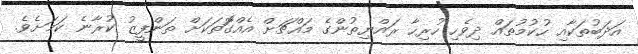
އަދަބުތަކާއި ހުކުމުތައް ދިވެހި ހުރިހާ ރައްޔިތުންގެ މައްޗަށް އެއްގޮަތަކަށް ތަންފީޒު ކުރާނެ ކަމަށެވެ.